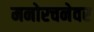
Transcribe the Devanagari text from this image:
मनोरचनेवर